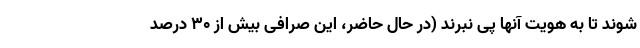
شوند تا به هویت آنها پی نبرند (در حال حاضر، این صرافی بیش از 30 درصد